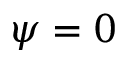
\psi = 0